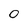
Character: 0